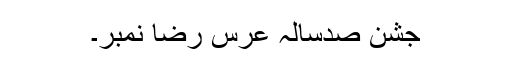
جشن صدسالہ عرس رضا نمبر۔